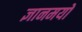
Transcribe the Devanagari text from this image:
ज्ञानमयो